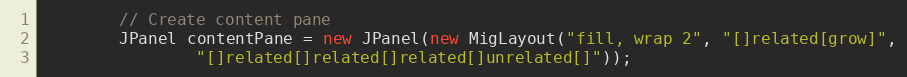
Language: Java
        // Create content pane
        JPanel contentPane = new JPanel(new MigLayout("fill, wrap 2", "[]related[grow]",
                "[]related[]related[]related[]unrelated[]"));